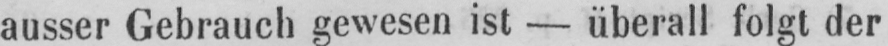
ausser Gebrauch gewesen ist - überall folgt der